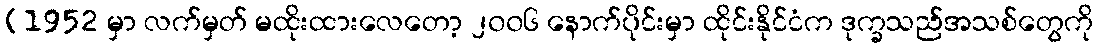
(1952 မှာ လက်မှတ် မထိုးထားလေတော့ ၂၀၀၆ နောက်ပိုင်းမှာ ထိုင်းနိုင်ငံက ဒုက္ခသည်အသစ်တွေကို